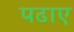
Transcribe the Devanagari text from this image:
पढाए